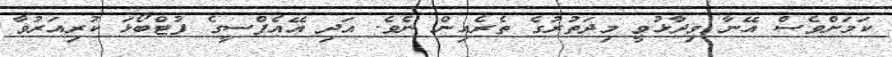
ކަމަށްވެސް އޭނާ ވިދާޅުވީ މިދަތުރުގެ ތެރެއިން ނެވެ. އަދި އޭއެފްސީގެ ފުޓްބޯޅަ ކުރިއަރުވާ